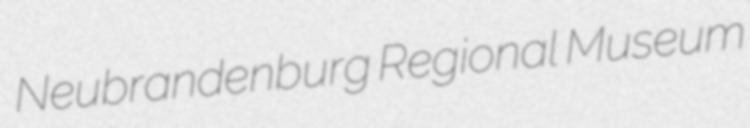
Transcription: Neubrandenburg Regional Museum